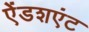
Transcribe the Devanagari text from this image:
ऐंडशएंट